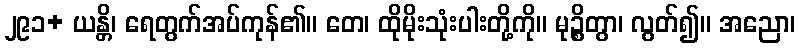
၂၉၁+ ယန္တိ၊ ရေတွက်အပ်ကုန်၏။ တေ၊ ထိုမိုးသုံးပါးတို့ကို။ မုဉ္စိတွာ၊ လွတ်၍။ အညော၊